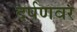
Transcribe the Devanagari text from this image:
दर्पणवर